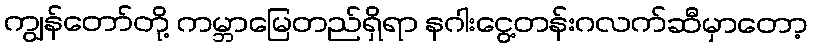
ကျွန်တော်တို့ ကမ္ဘာမြေတည်ရှိရာ နဂါးငွေ့တန်းဂလက်ဆီမှာတော့